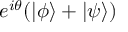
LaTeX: e ^ { i \theta } ( | \phi \rangle + | \psi \rangle )